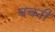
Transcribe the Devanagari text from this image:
वचनीं